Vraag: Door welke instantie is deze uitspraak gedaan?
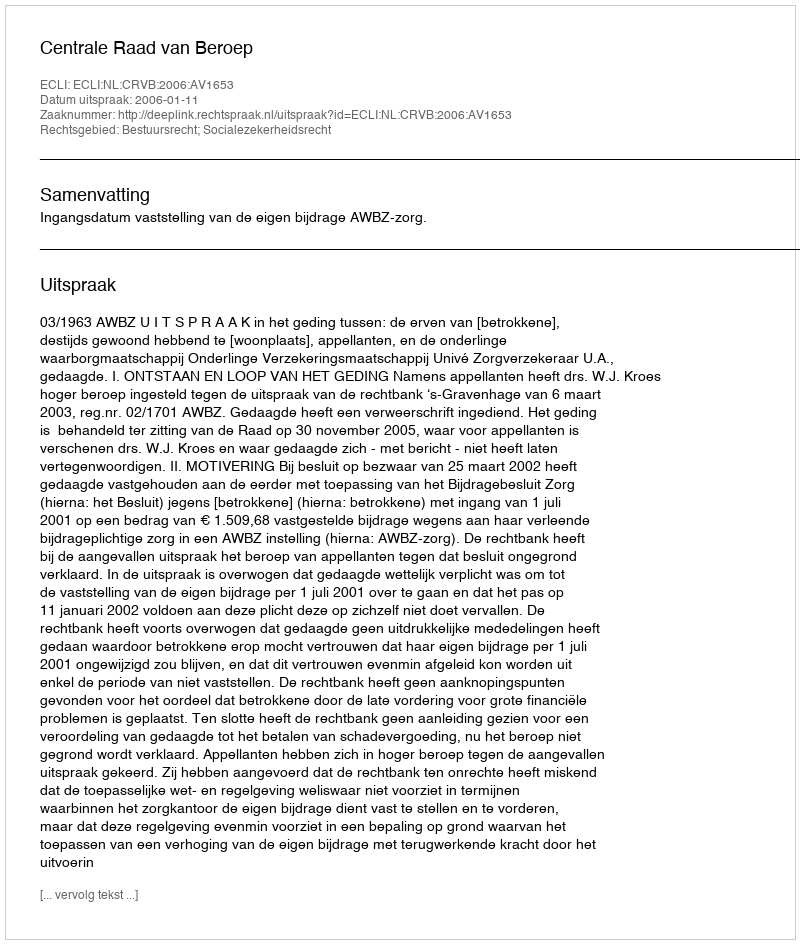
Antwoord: Centrale Raad van Beroep